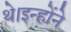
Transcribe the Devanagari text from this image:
थे।इन्होंने